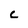
Character: C